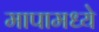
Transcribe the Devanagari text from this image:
मापामध्ये